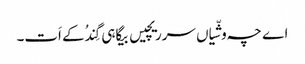
اے چہ وشّیاں سرریچیں بیگاہی گِندُکے اَت۔